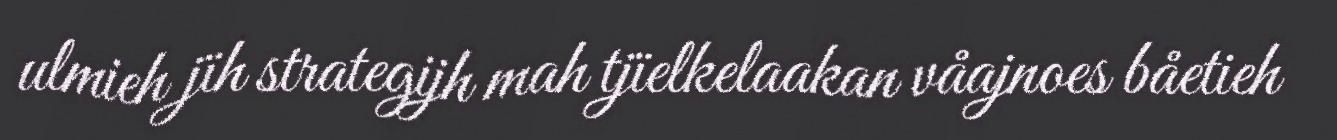
ulmieh jïh strategijh mah tjïelkelaakan våajnoes båetieh